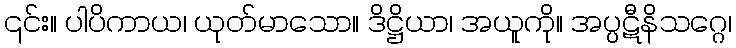
၎င်း။ ပါပိကာယ၊ ယုတ်မာသော။ ဒိဋ္ဌိယာ၊ အယူကို။ အပ္ပဋီနိသဂ္ဂေ၊